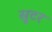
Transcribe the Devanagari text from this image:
सूटर